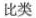
比类